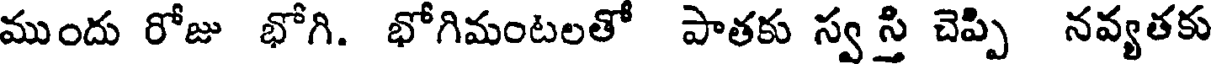
ముందు రోజు భోగి. భోగిమంటలతో పాతకు స్వ స్తి చెప్పి నవ్యతకు